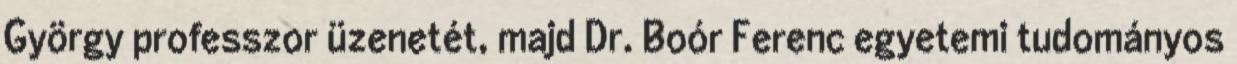
György professzor üzenetét, majd Dr. Boór Ferenc egyetemi tudományos